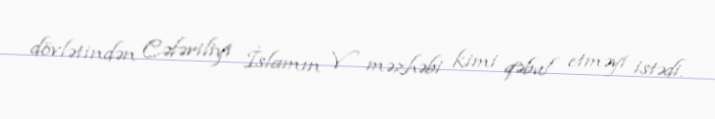
dövlətindən Cəfəriliyi İslamın V məzhəbi kimi qəbul etməyi istədi.